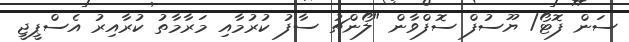
ސަން ފޮޓޯ/ ޔޫސުފް ސޮފްވާން "ލޯންޗު ސާފު ކުރުމާއި މަރާމާތު ކުރާއިރު އެސްޕީޖީ